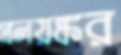
প্রলয়ঙ্কর